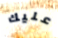
عليك